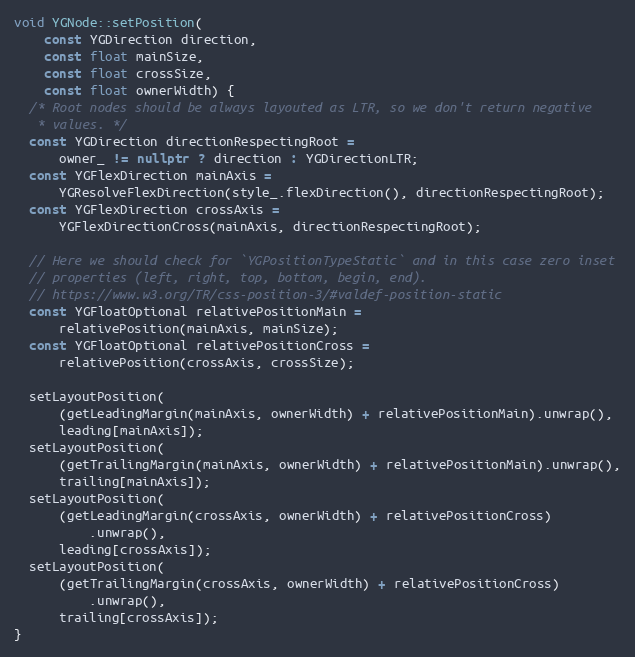
Language: C++
void YGNode::setPosition(
    const YGDirection direction,
    const float mainSize,
    const float crossSize,
    const float ownerWidth) {
  /* Root nodes should be always layouted as LTR, so we don't return negative
   * values. */
  const YGDirection directionRespectingRoot =
      owner_ != nullptr ? direction : YGDirectionLTR;
  const YGFlexDirection mainAxis =
      YGResolveFlexDirection(style_.flexDirection(), directionRespectingRoot);
  const YGFlexDirection crossAxis =
      YGFlexDirectionCross(mainAxis, directionRespectingRoot);

  // Here we should check for `YGPositionTypeStatic` and in this case zero inset
  // properties (left, right, top, bottom, begin, end).
  // https://www.w3.org/TR/css-position-3/#valdef-position-static
  const YGFloatOptional relativePositionMain =
      relativePosition(mainAxis, mainSize);
  const YGFloatOptional relativePositionCross =
      relativePosition(crossAxis, crossSize);

  setLayoutPosition(
      (getLeadingMargin(mainAxis, ownerWidth) + relativePositionMain).unwrap(),
      leading[mainAxis]);
  setLayoutPosition(
      (getTrailingMargin(mainAxis, ownerWidth) + relativePositionMain).unwrap(),
      trailing[mainAxis]);
  setLayoutPosition(
      (getLeadingMargin(crossAxis, ownerWidth) + relativePositionCross)
          .unwrap(),
      leading[crossAxis]);
  setLayoutPosition(
      (getTrailingMargin(crossAxis, ownerWidth) + relativePositionCross)
          .unwrap(),
      trailing[crossAxis]);
}